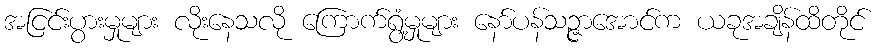
အငြင်းပွားမှုများ လိုးနေသလို ကြောက်ရွံ့မှုများ နော်ပန်သဉ္ဇာအောင်က ယခုအချိန်ထိတိုင်